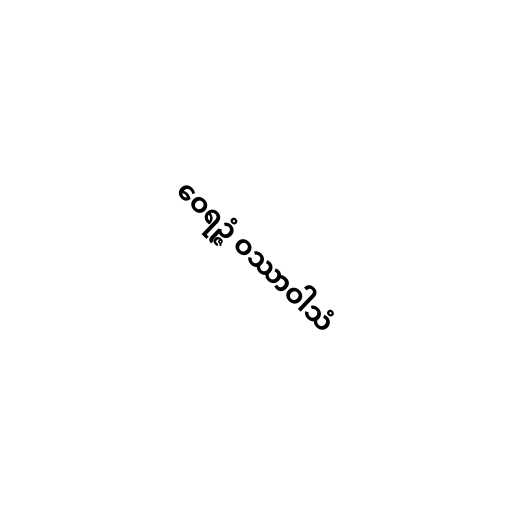
ဝေရဉ္ဇံ ဝဿာဝါသံ